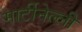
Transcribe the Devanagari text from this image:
मार्टीनेल्ली